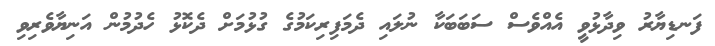
ފަނޑިޔާރު ވިދާޅުވީ އެއްވެސް ސަބަބަކާ ނުލައި ދެމަފިރިކަމުގެ ގުޅުމަށް ދެކޮޅު ހެދުމުން އަނިޔާވެރިވި